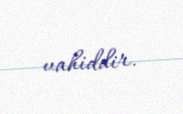
vahiddir.